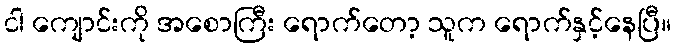
ငါ ကျောင်းကို အစောကြီး ရောက်တော့ သူက ရောက်နှင့်နေပြီ။